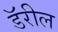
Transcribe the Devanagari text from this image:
डॅरील